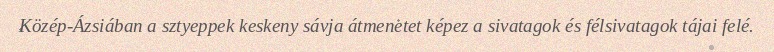
Közép-Ázsiában a sztyeppek keskeny sávja átmenetet képez a sivatagok és félsivatagok tájai felé.